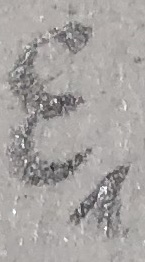
Text: E1